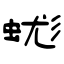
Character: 蛖